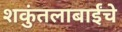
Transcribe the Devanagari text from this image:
शकुंतलाबाईंचे